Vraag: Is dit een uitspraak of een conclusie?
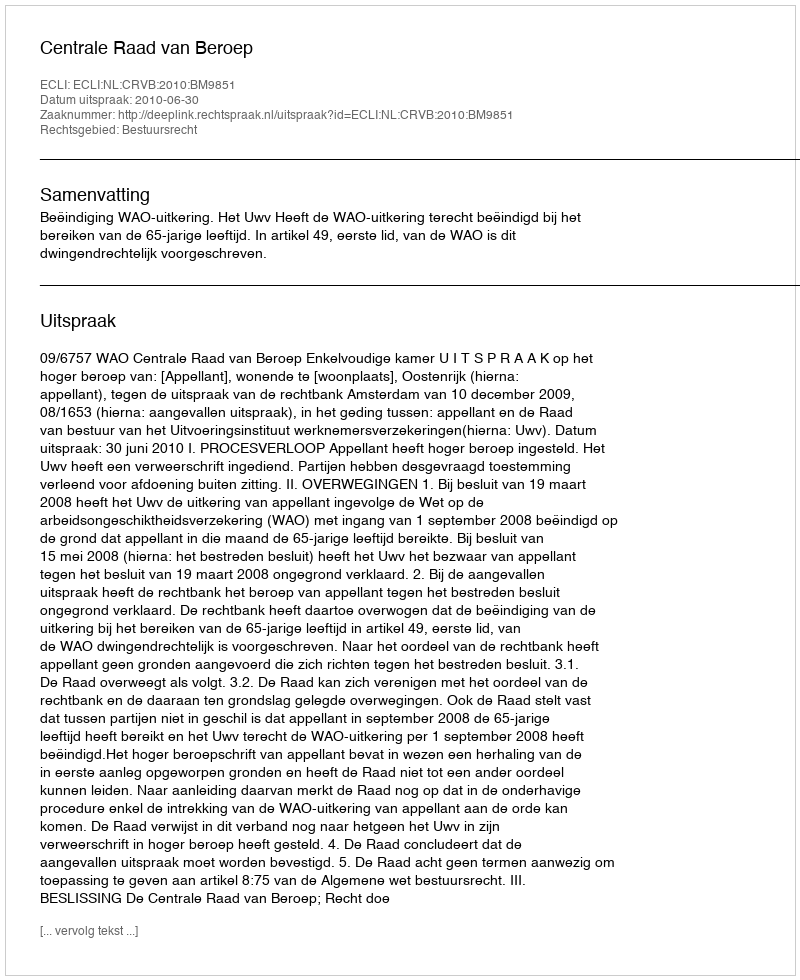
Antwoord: Uitspraak